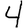
Digit: 4